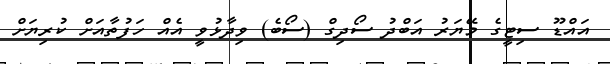
އައްޑޫ ސިޓީގެ މޭޔަރު އަބްދު ސޯދިގް (ސޯބެ) ވިދާޅުވީ އެއް ހަފުތާއަށް ކުރިޔަށް